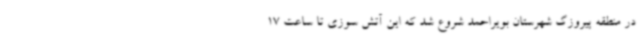
در منطقه پیروزگ شهرستان بویراحمد شروع شد که این آتش سوزی تا ساعت 17